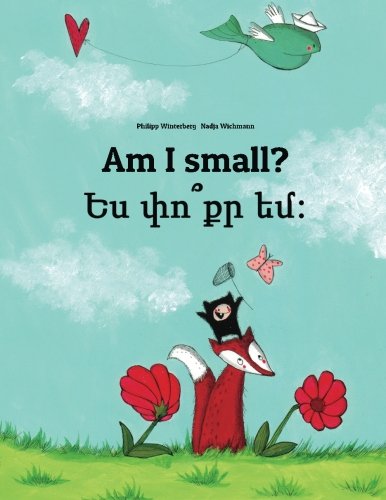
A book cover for Am I small? Yes p'vo k'r yem?: Children's Picture Book English-Armenian (Bilingual Edition); Philipp Winterberg; Children's Books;